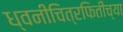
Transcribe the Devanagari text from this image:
ध्वनीचित्रफितीच्या